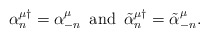
\begin{align*}\alpha_n ^{\mu\dagger} = \alpha_{-n}^\mu \,\,\, \mbox{and}\,\,\,\tilde{\alpha}_n ^{\mu\dagger} = \tilde{\alpha}^\mu _{-n}.\end{align*}